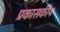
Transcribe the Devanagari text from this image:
प्रकासकीय